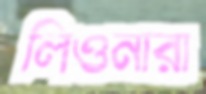
লিওনারা